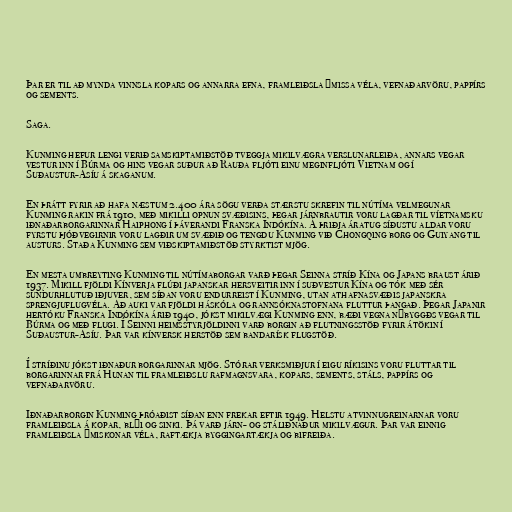
Þar er til að mynda vinnsla kopars og annarra efna, framleiðsla ýmissa véla, vefnaðarvöru, pappírs
og sements.

Saga.

Kunming hefur lengi verið samskiptamiðstöð tveggja mikilvægra verslunarleiða, annars vegar
vestur inn í Búrma og hins vegar suður að Rauða fljóti einu meginfljóti Vietnam og í
Suðaustur-Asíu á skaganum.

En þrátt fyrir að hafa næstum 2.400 ára sögu verða stærstu skrefin til nútíma velmegunar
Kunming rakin frá 1910, með mikilli opnun svæðisins, þegar járnbrautir voru lagðar til víetnamsku
iðnaðarborgarinnar Haiphong í þáverandi Franska Indókína. Á þriðja áratug síðustu aldar voru
fyrstu þjóðvegirnir voru lagðir um svæðið og tengdu Kunming við Chongqing borg og Guiyang til
austurs. Staða Kunming sem viðskiptamiðstöð styrktist mjög.

En mesta umbreyting Kunming til nútímaborgar varð þegar Seinna stríð Kína og Japans braust árið
1937. Mikill fjöldi Kínverja flúði japanskar hersveitir inn í suðvestur Kína og tók með sér
sundurhlutuð iðjuver, sem síðan voru endurreist í Kunming, utan athafnasvæðis japanskra
sprengjuflugvéla. Að auki var fjöldi háskóla og rannsóknastofnana fluttur þangað. Þegar Japanir
hertóku Franska Indókína árið 1940, jókst mikilvægi Kunming enn, bæði vegna nýbyggðs vegar til
Búrma og með flugi. Í Seinni heimsstyrjöldinni varð borgin að flutningsstöð fyrir átökin í
Suðaustur-Asíu. Þar var kínversk herstöð sem bandarísk flugstöð.

Í stríðinu jókst iðnaður borgarinnar mjög. Stórar verksmiðjur í eigu ríkisins voru fluttar til
borgarinnar frá Hunan til framleiðslu rafmagnsvara, kopars, sements, stáls, pappírs og
vefnaðarvöru.

Iðnaðarborgin Kunming þróaðist síðan enn frekar eftir 1949. Helstu atvinnugreinarnar voru
framleiðsla á kopar, blýi og sinki. Þá varð járn- og stáliðnaður mikilvægur. Þar var einnig
framleiðsla ýmiskonar véla, raftækja byggingartækja og bifreiða.